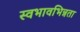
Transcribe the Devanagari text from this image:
स्वभावभिन्नता